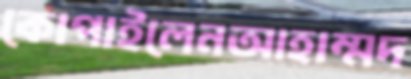
কোপাইলেনআহাম্মদ